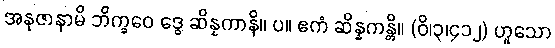
အနုဇာနာမိ ဘိက္ခဝေ ဒွေ ဆိန္နကာနိ။ ပ။ ဧကံ ဆိန္နကန္တိ။ (ဝိ၊၃၊၄၁၂) ဟူသော